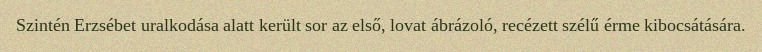
Szintén Erzsébet uralkodása alatt került sor az első, lovat ábrázoló, recézett szélű érme kibocsátására.